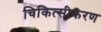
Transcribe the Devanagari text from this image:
चिकित्सीकरण